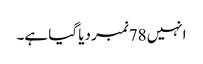
انہیں 78نمبر دیا گیا ہے۔